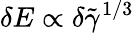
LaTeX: \delta E\propto\delta\tilde{\gamma}^{1/3}